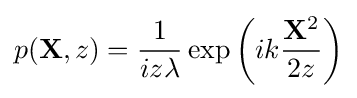
{\begin{aligned}p({\mathbf {X} },z)={\frac {1}{iz\lambda }}\exp \left(ik{\frac {{\mathbf {X} }^{2}}{2z}}\right)\end{aligned}}